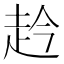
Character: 赺